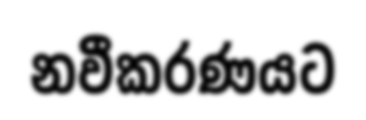
නවීකරණයට